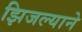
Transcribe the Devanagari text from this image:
झिजल्याने